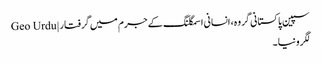
سپین پاکستانی گروہ، انسانی اسمگلنگ کے جرم میں گرفتار | Geo Urdu
لگرونیا۔